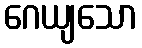
ဂေယျသော